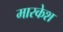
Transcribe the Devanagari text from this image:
मारकेश